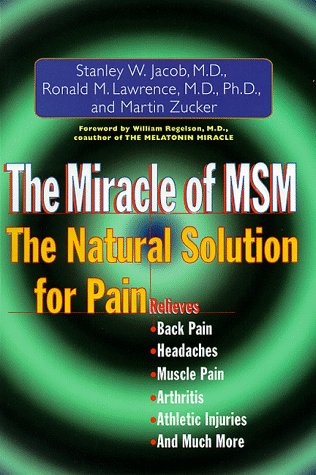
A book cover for The Miracle of MSM; Stanley W. Jacob; Health, Fitness & Dieting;